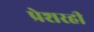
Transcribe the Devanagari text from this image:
प्रेशरही